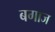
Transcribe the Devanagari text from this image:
बगाज